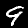
Digit: 9